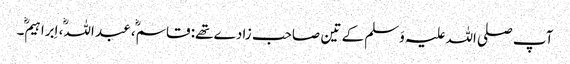
آپ صلی اللہ علیہ وَسلم کے تین صاحب زادے تھے: قاسم، عبد اللہ، اِبراہیم۔